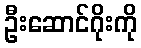
ဦးဆောင်ဂိုးကို